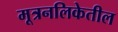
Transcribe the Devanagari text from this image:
मूत्रनलिकेतील